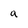
Character: a